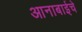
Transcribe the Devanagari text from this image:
आनाबाईचे